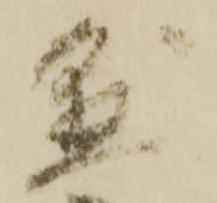
懸